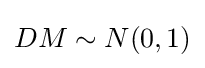
DM\sim N(0,1)